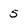
Character: 5